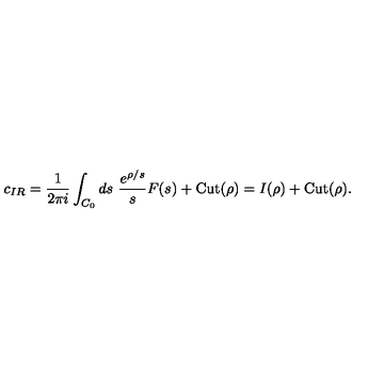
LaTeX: c _ { I R } = \frac { 1 } { 2 \pi i } \int _ { C _ { 0 } } d s \ \frac { e ^ { \rho / s } } { s } F ( s ^ { } ) + \mathrm { C u t } ( \rho ) = I ( \rho ) + \mathrm { C u t } ( \rho ) .